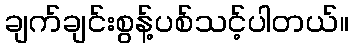
ချက်ချင်းစွန့်ပစ်သင့်ပါတယ်။